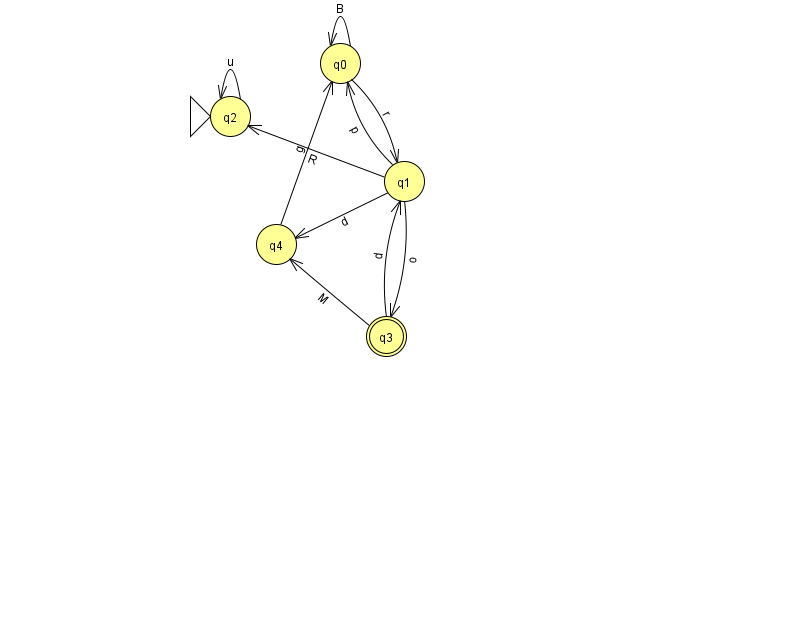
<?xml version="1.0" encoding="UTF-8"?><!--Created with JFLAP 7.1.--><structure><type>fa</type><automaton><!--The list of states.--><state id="0" name="q0"><x>340.0</x><y>50.0</y></state><state id="1" name="q1"><x>404.0</x><y>168.0</y></state><state id="2" name="q2"><x>230.0</x><y>103.0</y><initial/></state><state id="3" name="q3"><x>386.0</x><y>323.0</y><final/></state><state id="4" name="q4"><x>276.0</x><y>231.0</y></state><!--The list of transitions.--><transition><from>1</from><to>4</to><read>d</read></transition><transition><from>0</from><to>0</to><read>B</read></transition><transition><from>3</from><to>4</to><read>M</read></transition><transition><from>1</from><to>3</to><read>o</read></transition><transition><from>2</from><to>2</to><read>u</read></transition><transition><from>1</from><to>2</to><read>R</read></transition><transition><from>0</from><to>1</to><read>r</read></transition><transition><from>4</from><to>0</to><read>g</read></transition><transition><from>1</from><to>0</to><read>p</read></transition><transition><from>3</from><to>1</to><read>d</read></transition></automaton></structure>